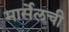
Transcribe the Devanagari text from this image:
मार्सेलची